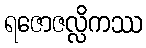
ရဇောဇလ္လိကဿ